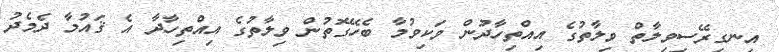
އިނގިރޭސިވިލާތް ވިލާތުގެ އިއްތިހާދުން ވަކިވުމާ ބެހޭގޮތުން ވިލާތުގެ އިއްތިހާދާ އެ ޤައުމާ ދެމެދު